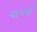
વાગતી